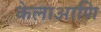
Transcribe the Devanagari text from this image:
केलाआणि